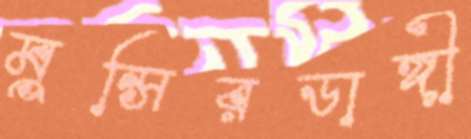
মুন্সিরডাঙ্গী